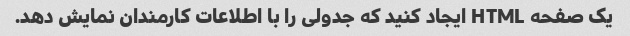
یک صفحه HTML ایجاد کنید که جدولی را با اطلاعات کارمندان نمایش دهد.